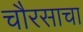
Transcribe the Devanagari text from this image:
चौरसाचा